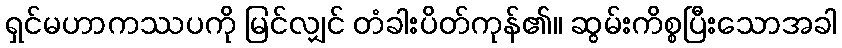
ရှင်မဟာကဿပကို မြင်လျှင် တံခါးပိတ်ကုန်၏။ ဆွမ်းကိစ္စပြီးသောအခါ